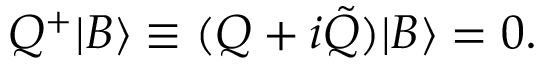
Q ^ { + } | B \rangle \equiv ( Q + i \tilde { Q } ) | B \rangle = 0 .